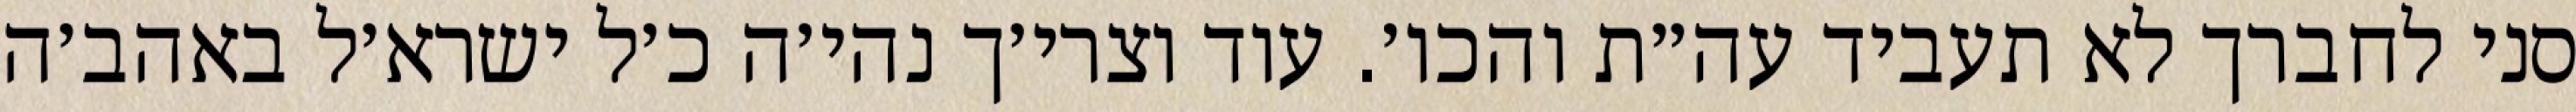
סני לחברך לא תעביד עה״ת והכו׳. עוד וצרי׳ך נהי׳ה כ׳ל ישרא׳ל באהב׳ה